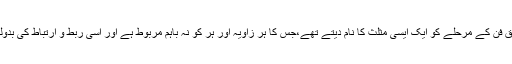
وہ ادب پارے کی افادیت ،ادیب کی شخصیت اور تخلیق فن کے مرحلے کو ایک ایسی مثلث کا نام دیتے تھے،جس کا ہر زاویہ اور ہر کو نہ باہم مربوط ہے اور اسی ربط و ارتباط کی بدولت تخلیقی فن کار لوح جہاں پر اپنا دوام ثبت کرتا ہے۔